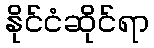
နိုင်ငံဆိုင်ရာ